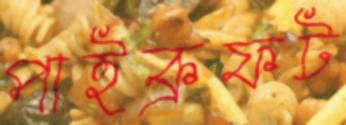
পাইক্রফট